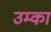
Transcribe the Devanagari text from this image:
उम्का